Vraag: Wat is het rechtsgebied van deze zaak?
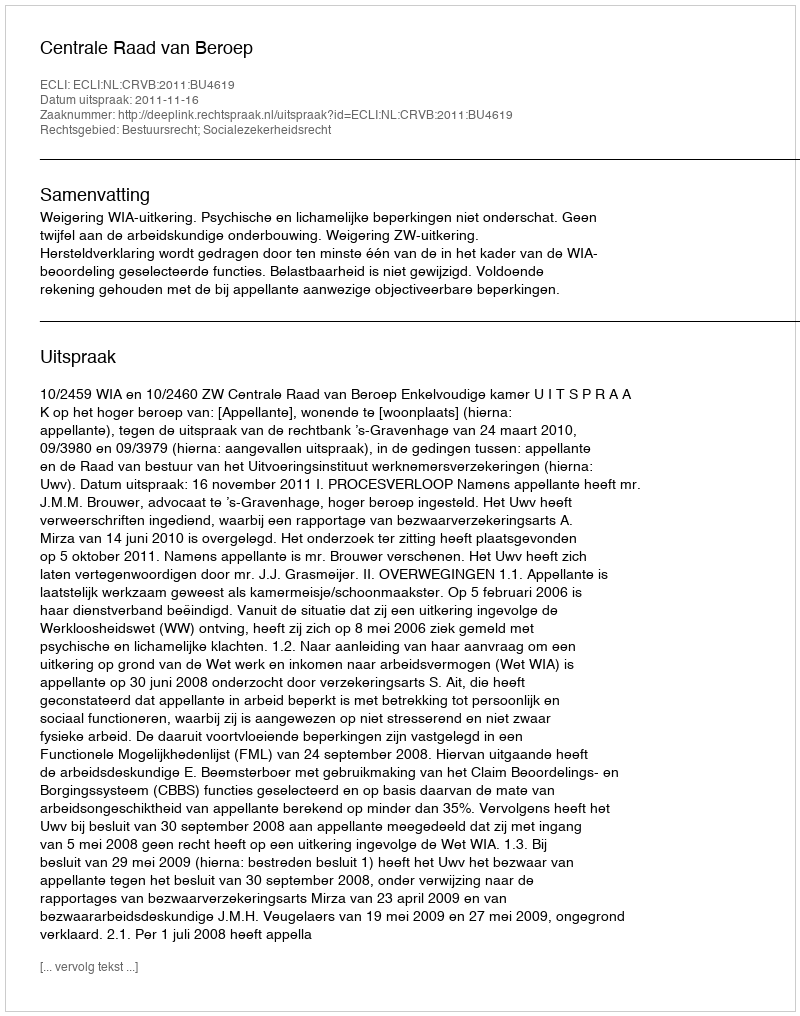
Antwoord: Bestuursrecht; Socialezekerheidsrecht